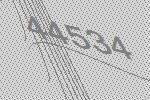
44534